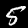
Label: 5